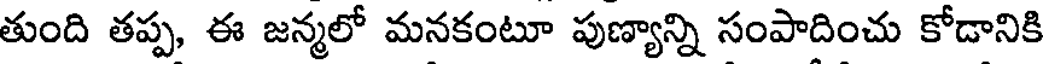
తుంది తప్ప, ఈ జన్మలో మనకంటూ పుణ్యాన్ని సంపాదించు కోడానికి